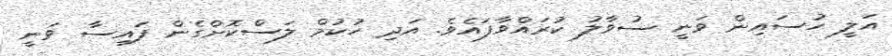
އަލީ ހުސައިން ވަނީ ސުވާލު ކުރައްވާފައެވެ. އަދި ހުކުމް ލަސްކޮށްގެން ފައިސާ ވަނީ